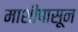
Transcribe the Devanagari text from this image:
माशीपासून